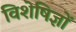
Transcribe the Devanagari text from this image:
विशेषिज्ञों